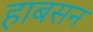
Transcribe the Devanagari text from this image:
हाबसन